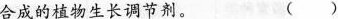
合成的植物生长调节剂。 ()